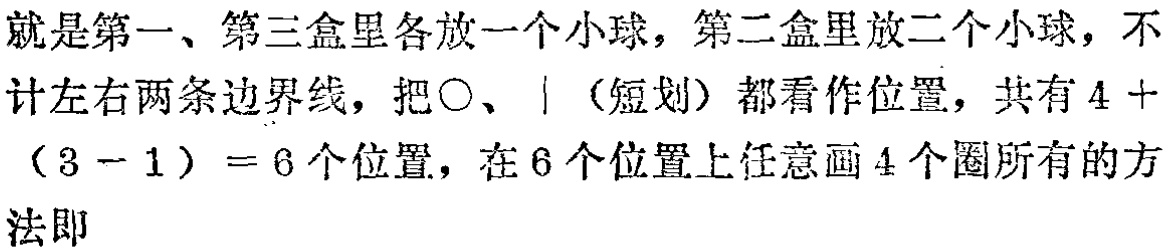
就是第一、第三盒里各放一个小球，第二盒里放二个小球，不计左右两条边界线，把$\bigcirc$、$|$（短划）都看作位置，共有$4 + (3 - 1) = 6$个位置，在$6$个位置上任意画$4$个圈所有的方法即